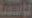
رامة